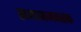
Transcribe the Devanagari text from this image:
समाजमनस्क